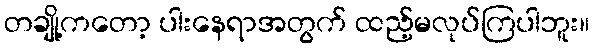
တချို့ကတော့ ပါးနေရာအတွက် ထည့်မလုပ်ကြပါဘူး။